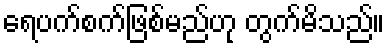
ရေပက်စက်ဖြစ်မည်ဟု တွက်မိသည်။